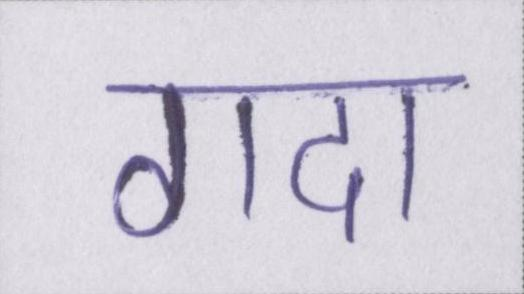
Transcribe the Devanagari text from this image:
गदा